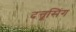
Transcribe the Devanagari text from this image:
दत्तूसिंग